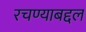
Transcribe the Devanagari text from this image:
रचण्याबद्दल